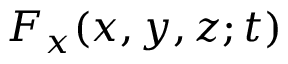
F _ { x } ( x , y , z ; t )